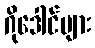
ဂိုဒေါင်များ